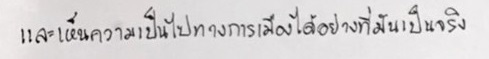
และเห็นความเป็นไปทางการเมืองได้อย่างที่มันเป็นจริง